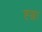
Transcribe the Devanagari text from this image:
ह्ञ्जा